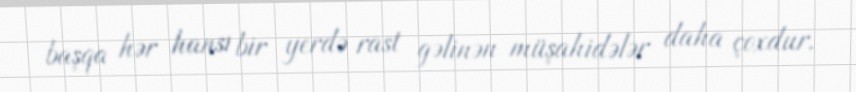
başqa hər hansı bir yerdə rast gəlinən müşahidələr daha çoxdur.